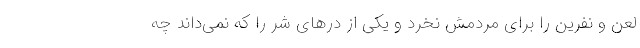
لعن و نفرین را برای مردمش نخرد و یکی از درهای شر را که نمی‌داند چه